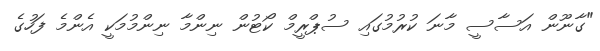
"ގާނޫން އަސާސީ މާނަ ކުރުމުގައި ސުޕްރީމް ކޯޓުން ނިންމާ ނިންމުމަކީ އެންމެ ފަހުގެ